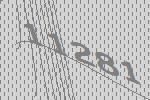
11281